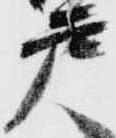
戸